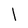
Character: l